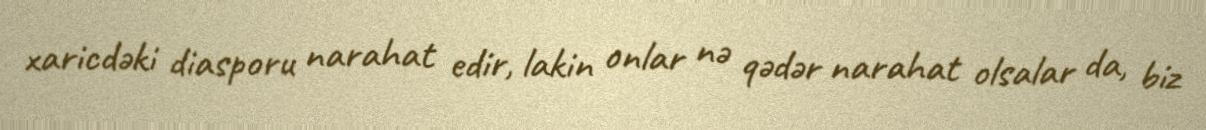
xaricdəki diasporu narahat edir, lakin onlar nə qədər narahat olsalar da, biz